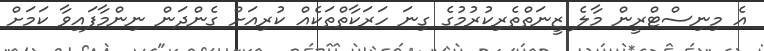
އެ މިނިސްޓްރީން މާލެ ޒީނަތްތެރިކުރުމުގެ ގިނަ ހަރަކާތްތަކެއް ކުރިއަށް ގެންދަން ނިންމާފައިވާ ކަމަށް